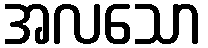
အလသော